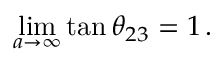
\operatorname * { l i m } _ { a \rightarrow \infty } \tan \theta _ { 2 3 } = 1 \, .